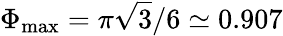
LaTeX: \Phi_{\mathrm{max}}=\pi\sqrt{3}/6\simeq 0.907